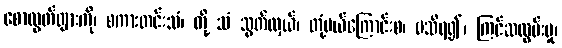
စောထွတ်ဖျားကို၊ စကားတင်းသံ၊ တို့ သံ သွတ်လှယ်၊ တုံ့ပယ်ကြောင်းစ၊ မသိရ၍၊ ကြင်ဆလွမ်းမှု၊